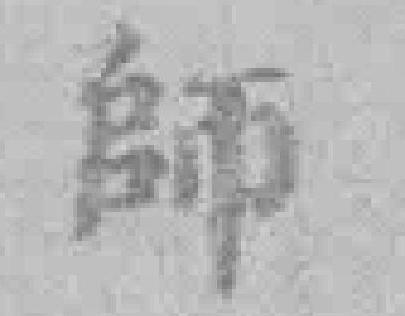
師